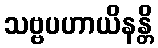
သဗ္ဗပဟာယိနန္တိ